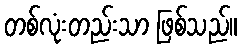
တစ်လုံးတည်းသာ ဖြစ်သည်။